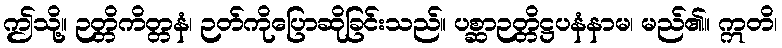
ဤသို့။ ဉတ္တိကိတ္တနံ၊ ဉတ်ကိုပြောဆိုခြင်းသည်။ ပစ္ဆာဉတ္တိဋ္ဌပနံနာမ၊ မည်၏။ ဣတိ၊